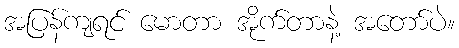
အပြန်ကျရင် မောတာ အိုက်တာနဲ့ အတော်ပဲ။